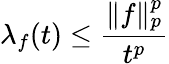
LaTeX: \lambda_{f}(t)\leq{\frac{\| f\| _{p}^{p}}{t^{p}}}